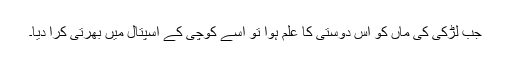
جب لڑکی کی ماں کو اس دوستی کا علم ہوا تو اسے کوچی کے اسپتال میں بھرتی کرا دیا۔